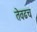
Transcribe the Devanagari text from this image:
तेवढच